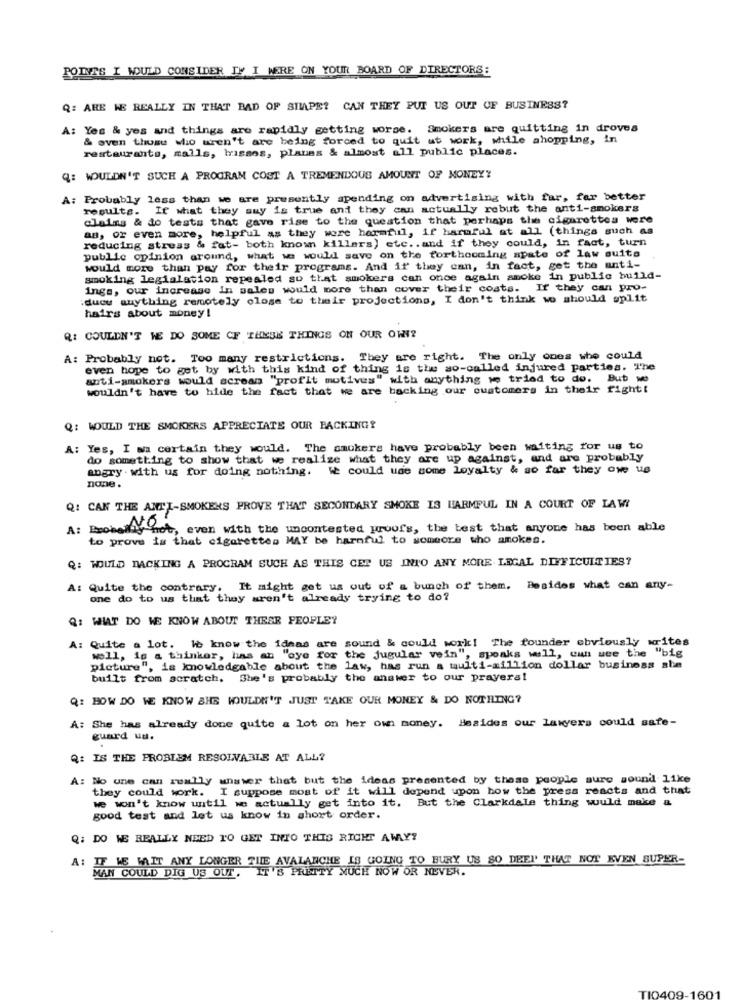
POINTS I WOULD CONSIDER IF I WERE ON YOUR BOARD OF DIRECTORS:
Q: ARE WE REALLY IN THAT BAD OF SHAPE? CAN THEY PUT US OUT OF BUSINESS?
A: Yes & yes and things are rapidly getting worse. Smokers are quitting in droves
& even those who aren't are being forced to quit at work, while shopping, in
restaurants, malls, brissos, planes & almost all public places.
Q: WOULDN'T SUCH A PROGRAM COST A TREMENDOUS AMOUNT OF MONEY?
A: Probably less than we are presently spending on advertising with far, far better
results. If what they swy is true and they can actually robut the anti-smokers
claims & do tests that gave rise to the question that perhaps the cigarettes were
aa, or even more, helpful as they were harmful, if harmful at all (things such as
reducing stress & fat- both known killers) etc. . and if they could, in fact, turn
public opinion around, what we would save on the forthcoming spate of law suits
would more than pay for their programs. And if they can, in fact, get the anti-
smoking legialation repealed so that smokers can once again smoke in public build-
inga, our increase In sales would more than cover their costs. If they can pro-
ducu anything remotely close to their projections, I don't think we should split
hairs about money !
Q: COULDN'T WE DO SOME OF THESE THINGS ON OUR OWN?
A: Probably not. Too many restrictions. They are right. The only ones who could
even hope to get by with this kind of thing is the so-called injured parties. The
anti-smokers would scream "profit motives" with anything ve tried to do. But we
wouldn't have to hide the fact that we are backing our customers in their fight!
Q: WOULD THE SMOKERS APPRECIATE OUR BACKING?
A: Yes, I am certain they would. The smokers have probably been waiting for us to
do something to show that we realize what they are up against, and are probably
angry . with us for doing nothing. We could use some loyalty & so far they owe us
none.
Q: CAN THE ANTI-SMOKERS PROVE THAT SECONDARY SMOKE IS HARMFUL IN A COURT OF LAW
A: Exobel AR
"how, even with the uncontested proof's, the best that anyone has been able
to prove is that cigarettes MAY be harmful to someore who amokes.
Q: WOULD DACKING A PROGRAM SUCH AS THIS CET US INTO ANY MORE LEGAL DIFFICULTIES?
A: Quite the contrary. It might get us out of a bunch of them.
Besides what can any-
one do to us that they aren't already trying to do?
Q: WHAT DO WE KNOW ABOUT THESE PEOPLEY
A: Quite a lot. We know the ideas are sound & could work! The founder obviously writes
well, is a thinker, lins an "oye for the jugular vein", speaks will, eun wee the "big
picture", is knowledgable about the law, has run a multi-million dollar business she
built from scratch. She's probably the answer to our prayers!
Q: HOW DO WE KNOW SHE WOULDN'T JUST TAKE OUR MONEY & DO NOTHING?
A: She has already done quite a lot on her own money. Besides our lawyers could safe-
guard ud.
Q: IS THE PROBLEM RESOLVABLE AT ALL?
A: No une can really answer that but the ideas presented by these people sure sound like
they could work. I suppose most of it will depend upon how the press reacts and that
we won't know until we actually get into it. But the Clarkdale thing would make a
good test and let us know in short order.
Q: DO WE REALLY NEED TO GET INTO THIS RIGHT AWAY?
A: IF WE WAIT ANY LONGER THE AVALANCHE IS GOING TO BURY US SO DEEP THAT NOT EVEN SUPER-
MAN COULD DIG US OUT. IT'S PRETTY MUCH NOW OR NEVER.
TI0409-
1601